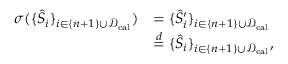
\begin{array} { r l } { \sigma ( \{ \hat { S } _ { i } \} _ { i \in \{ n + 1 \} \cup \mathcal { D } _ { \mathrm { c a l } } } ) } & { = \{ \hat { S } _ { i } ^ { \prime } \} _ { i \in \{ n + 1 \} \cup \mathcal { D } _ { \mathrm { c a l } } } } \\ & { \overset { d } { = } \{ \hat { S } _ { i } \} _ { i \in \{ n + 1 \} \cup \mathcal { D } _ { \mathrm { c a l } } } , } \end{array}